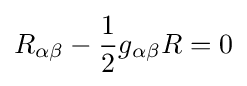
R_{\alpha \beta }-{1 \over 2}g_{\alpha \beta }R=0